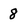
Character: 8